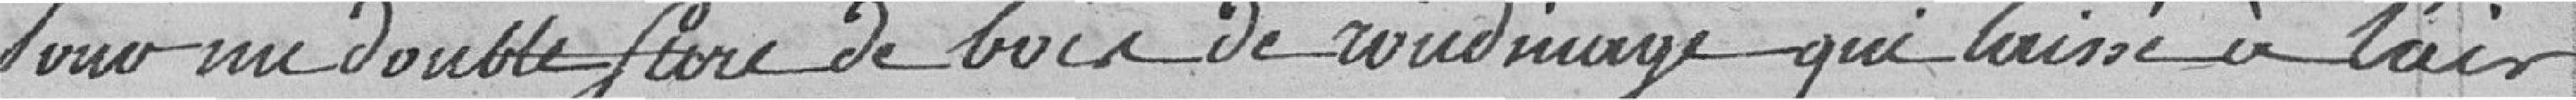
Pour un double stère de bois de rondinage qui laissé à l'air